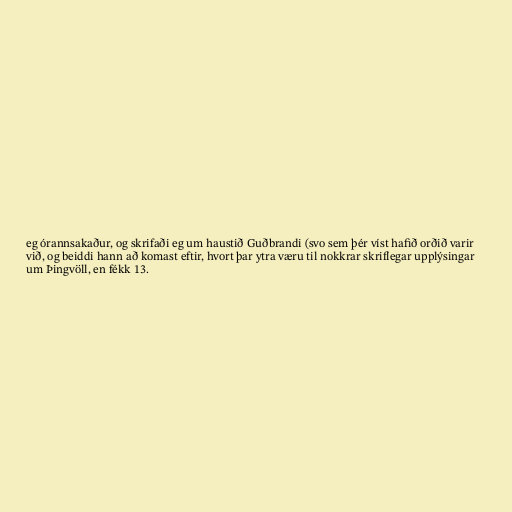
eg órannsakaður, og skrifaði eg um haustið Guðbrandi (svo sem þér víst hafið orðið varir
við, og beiddi hann að komast eftir, hvort þar ytra væru til nokkrar skriflegar upplýsingar
um Þingvöll, en fékk 13.